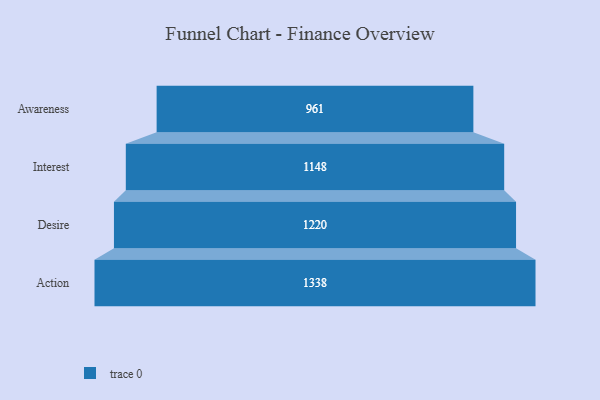
{"axis": {"x": "Stage", "y": "Value"}, "legend": [""], "data": [{"x": "Awareness", "y": 961.0, "type": ""}, {"x": "Interest", "y": 1148.0, "type": ""}, {"x": "Desire", "y": 1220.0, "type": ""}, {"x": "Action", "y": 1338.0, "type": ""}]}